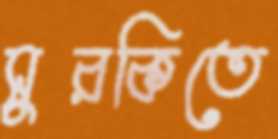
সুরকিতে